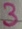
Text: 3